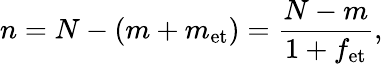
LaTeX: n=N-(m+m_{\mathrm{et}})=\frac{N-m}{1+f_{\mathrm{et}}},